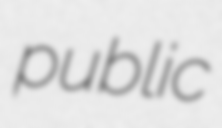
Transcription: public